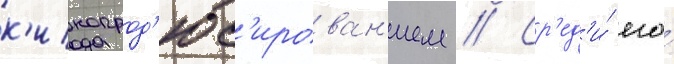
к'инопрод'юс'ирован'ием // Ср'ед'и́ его́